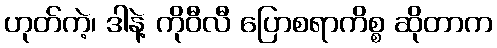
ဟုတ်ကဲ့၊ ဒါနဲ့ ကိုဝီလီ ပြောစရာကိစ္စ ဆိုတာက